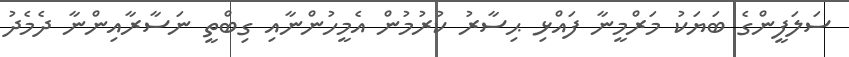
ސަލަފީންގެ ބަޔަކު މަރްމީނާ ފައްޅި ޙިސާރު ކުރުމުން އެމީހުންނާއި ގިބްތީ ނަސާރާއިންނާ ދެމެދު